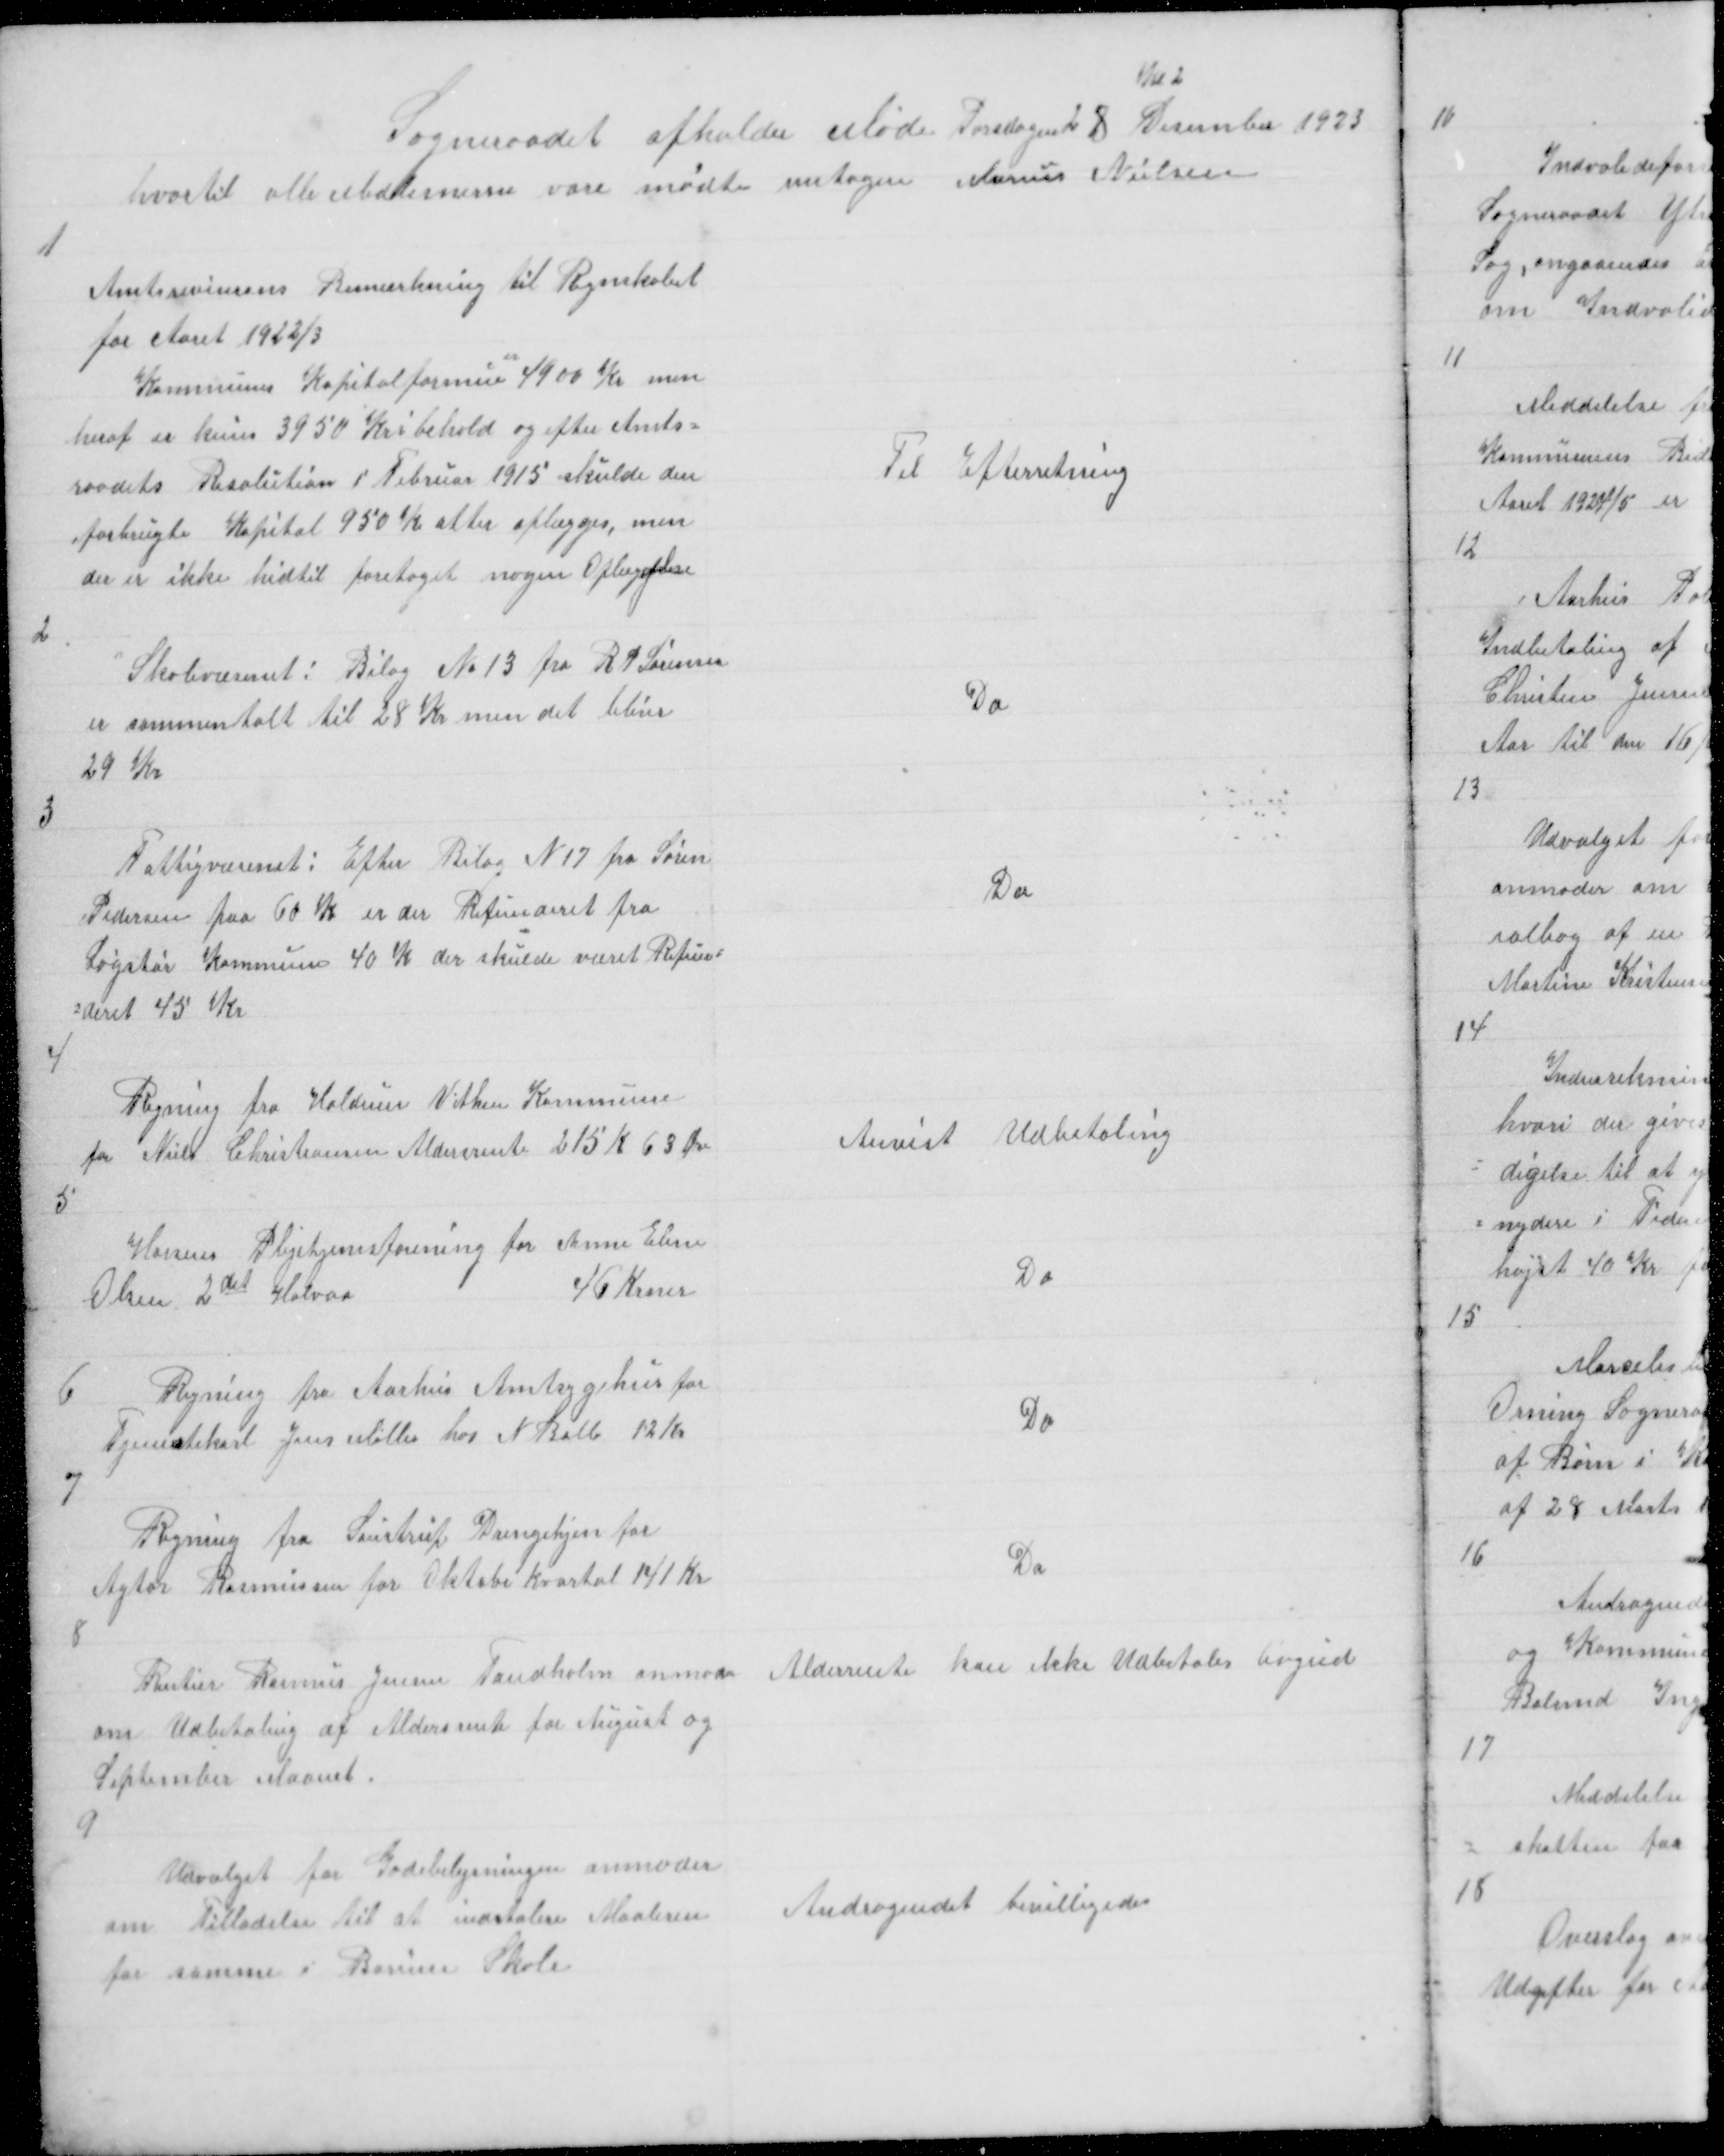
Transskription:
Kl 2
Sogneraadet afholder Møde Torsdagen 28 Desember 1923
hvortil alle Medlemerne vare mødte untagen Marius Nielsen

1

Amtsreviserens Bemærkning til Regnskabet
for Aaret 1922/3
Kommunens Kapitalformue
er
4900 Kr men
heraf er kuns 3950 Kr i behold og efter Amts=
raadets Resolution 1 Februar 1915 skulde den
forbrugte Kapital 950 K atter oplægges, men
der er ikke hidtil foretaget nogen Oplæggelse

Til Efterretning

2

Skolevæsenet: Bilag № 13 fra R P Sørensen
er sammentalt til 28 Kr men det bliver
29 Kr

Do

3

Fattigvæsenet: Efter Bilag N 17 fra Søren
Pedersen paa 60 K er der Refunderet fra
Løgstør Kommune 40 K der skulde været Refun =
=deret 45 Kr

Do

4

Regning fra Haldum Vithen Kommune
for Niels Christiansen Aldersrente 215 K 63 Øre

Anvist Udbetaling

5

Horsens Plejehjemsforening for Anne Eline
Olsen 2det Halvaa
46 Krner

Do

6

Regning fra Aarhus Amtsygehus for
Tjenestekarl Jens Møller hos N Balle 12 Kr

Do

7

Regning fra Saustrup Drengehjem for
Agtor Rasmussen for Oktober Kvartal 141 Kr

Do

8

Rentier Rasmus Jensen Tandholm anmoder
om Udbetaling af Aldersrente for August og
September Maanet

Alderrente kan ikke Udbetales bagud

9

Udvalget for Gadebelysning anmoder
om Tilladelse til at indstalere Maaleren
for samme i Borum Skole

Andragendet bevilligedes